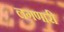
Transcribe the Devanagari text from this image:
लगणारी